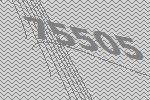
75505